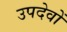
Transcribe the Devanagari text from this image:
उपदेवों